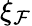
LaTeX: \xi_{\mathcal{F}}